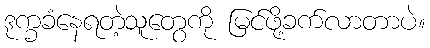
ဒုက္ခခံနေရတဲ့သူတွေကို မြင်ဖို့ခက်လာတာပဲ။